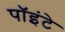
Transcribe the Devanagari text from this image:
पॉइंटे